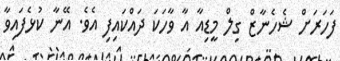
ފަހަރަށް ޝެހެނާޒް ގިލް މީޑިއާ އާ ވާހަކަ ދައްކައިފި އެވެ. އޭނާ ކުޅެފައިވާ